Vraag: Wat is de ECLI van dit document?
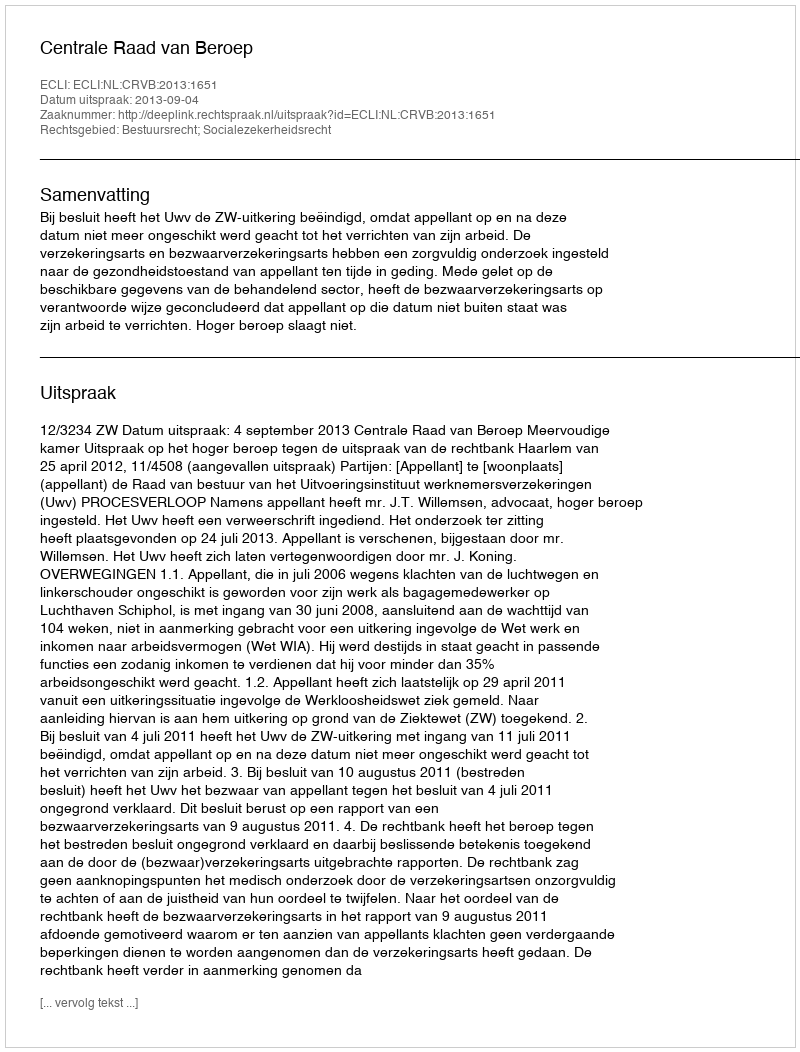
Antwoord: ECLI:NL:CRVB:2013:1651